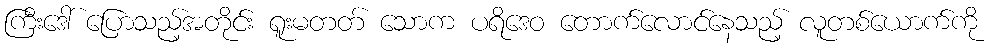
ကြီးဒေါ် ပြောသည့်အတိုင်း ရူးမတတ် သောက ပရိဒေဝ တောက်လောင်နေသည့် လူတစ်ယောက်ကို